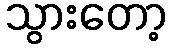
သွားတော့